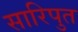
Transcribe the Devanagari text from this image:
सारिपुत